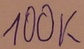
Text: 100K